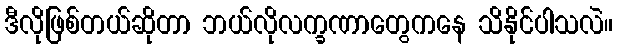
ဒီလိုဖြစ်တယ်ဆိုတာ ဘယ်လိုလက္ခဏာတွေကနေ သိနိုင်ပါသလဲ။